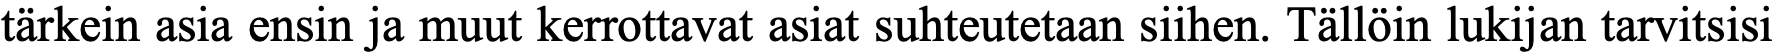
tärkein asia ensin ja muut kerrottavat asiat suhteutetaan siihen. Tällöin lukijan tarvitsisi